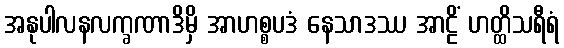
အနုပါလနလက္ခဏာဒိမှိ အာဟစ္စပဒံ နေသာဒဿ အာဠိံ ဟတ္ထိသရီရံ